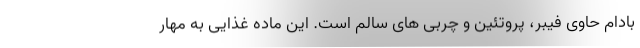
بادام حاوی فیبر، پروتئین و چربی های سالم است. این ماده غذایی به مهار